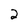
Character: 2